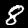
Label: 8